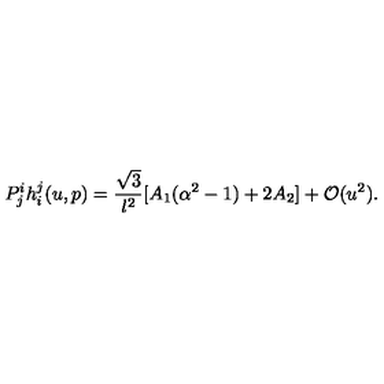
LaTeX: P _ { j } ^ { i } h _ { i } ^ { j } ( u , p ) = \frac { \sqrt { 3 } } { l ^ { 2 } } [ A _ { 1 } ( \alpha ^ { 2 } - 1 ) + 2 A _ { 2 } ] + \mathcal { O } ( u ^ { 2 } ) .